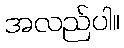
အလည်ပါ။